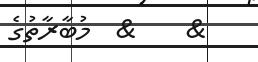
&    &  މުބާރާތުގެ